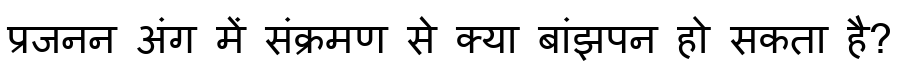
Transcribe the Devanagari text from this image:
प्रजनन अंग में संक्रमण से क्या बांझपन हो सकता है?